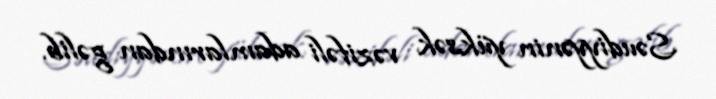
Səudiyyənin yüksək vəzifəli adamlarından gəlib.